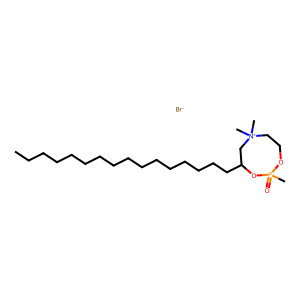
SMILES: CCCCCCCCCCCCCCCCC1C[N+](C)(C)CCOP(C)(=O)O1.[Br-]
Inhibits HIV replication: No